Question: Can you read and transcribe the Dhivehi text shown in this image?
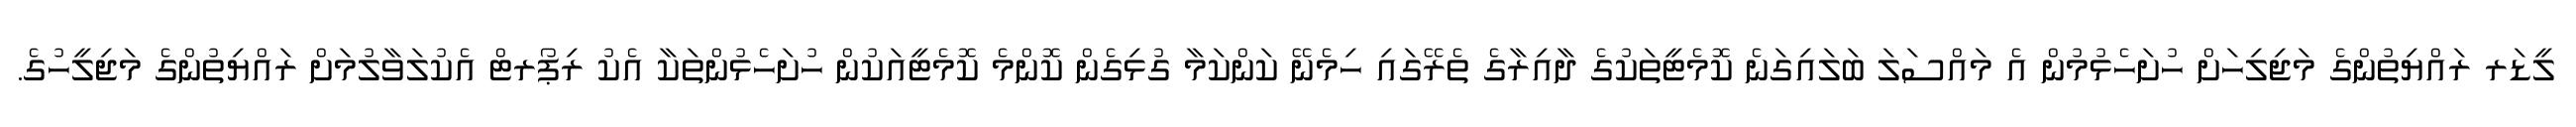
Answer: ލީޑަރ ރައްޔިތުންގެ މަޖިލިހަށް ހުށަހެޅުމުން އެ މައްސަލަ ބަލައިގަނެ ކޮމެޓީތަކުގެ ދާއިރާގެ ތެރޭގައި ހިމެނޭ ކަންކަމާ ގުޅިގެން ކޮންމެ ކޮމެޓީއަކުން ހުށަހެޅުންތަކާ އެކު ރިޕޯރޓް އެކުލަވާލުމަށް ރައްޔިތުންގެ މަޖިލީހުގެ.